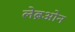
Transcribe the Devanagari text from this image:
लेब्रओन